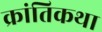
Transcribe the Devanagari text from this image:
क्रांतिकथा